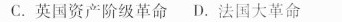
C.英国资产阶级革命D.法国大革命